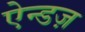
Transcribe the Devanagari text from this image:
ऐन्डज़